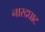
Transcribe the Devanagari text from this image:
नारदघाट